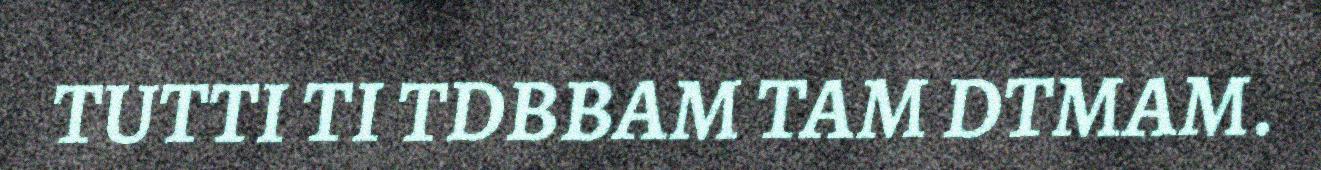
TUTTI TI TDBBAM TAM DTMAM.